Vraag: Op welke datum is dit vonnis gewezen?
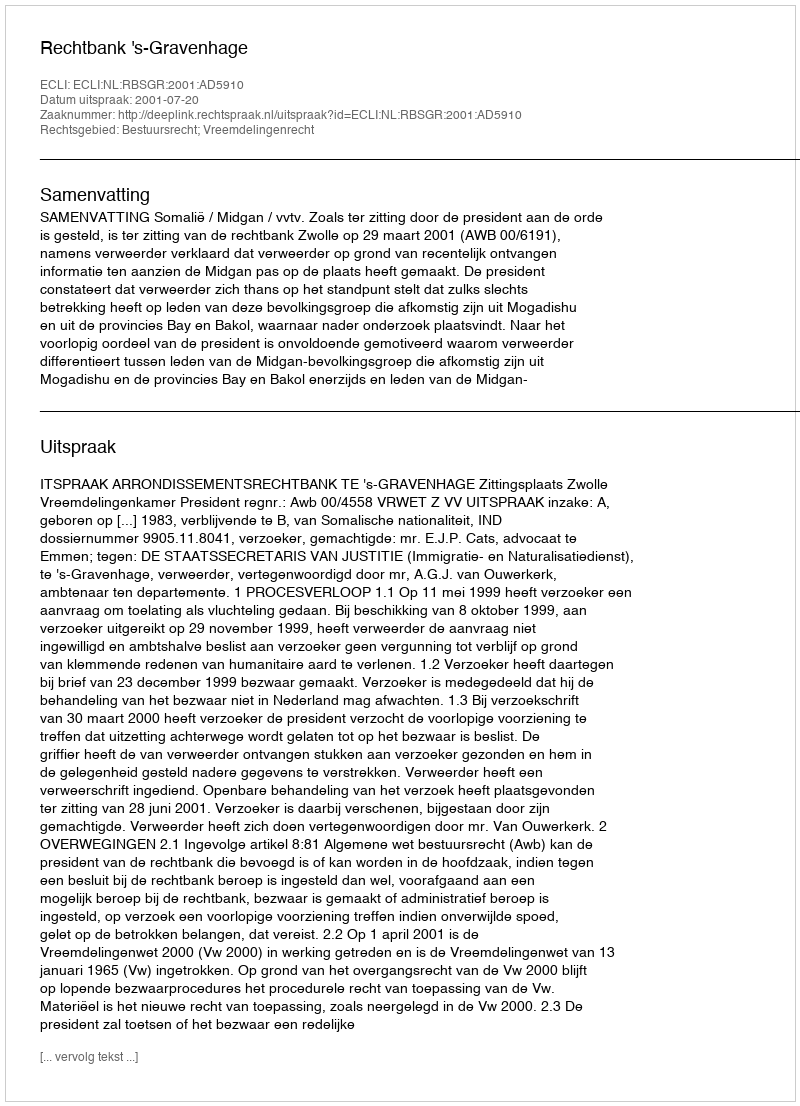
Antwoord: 2001-07-20